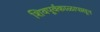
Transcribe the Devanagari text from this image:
शिवपूर्वकाळापासून